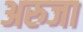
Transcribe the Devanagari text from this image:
अरुजा